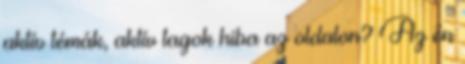
aktív témák, aktív tagok hiba az oldalon? Az én